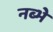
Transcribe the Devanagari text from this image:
नब्भे